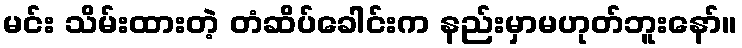
မင်း သိမ်းထားတဲ့ တံဆိပ်ခေါင်းက နည်းမှာမဟုတ်ဘူးနော်။